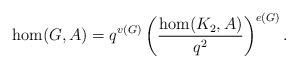
LaTeX: \begin{align*}\hom(G,A)=q^{v(G)}\left(\frac{\hom(K_2,A)}{q^2}\right)^{e(G)}.\end{align*}